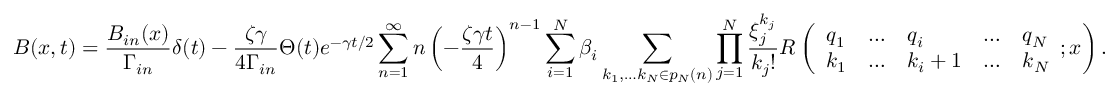
B ( x , t ) = \frac { B _ { i n } ( x ) } { \Gamma _ { i n } } \delta ( t ) - \frac { \zeta \gamma } { 4 \Gamma _ { i n } } \Theta ( t ) e ^ { - \gamma t / 2 } \sum _ { n = 1 } ^ { \infty } n \left( - \frac { \zeta \gamma t } { 4 } \right) ^ { n - 1 } \sum _ { i = 1 } ^ { N } \beta _ { i } \sum _ { k _ { 1 } , \ldots k _ { N } \in p _ { N } ( n ) } \prod _ { j = 1 } ^ { N } \frac { \xi _ { j } ^ { k _ { j } } } { k _ { j } ! } R \left( \begin{array} { l l l l l } { q _ { 1 } } & { \ldots } & { q _ { i } } & { \ldots } & { q _ { N } } \\ { k _ { 1 } } & { \ldots } & { k _ { i } + 1 } & { \ldots } & { k _ { N } } \end{array} ; x \right) .